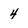
Character: 4